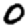
Digit: 0